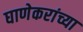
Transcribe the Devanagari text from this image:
घाणेकरांच्या